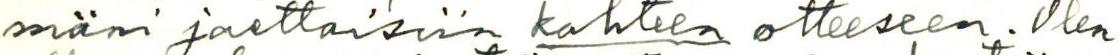
mäni jaettaisiin kahteen otteeseen. Olen